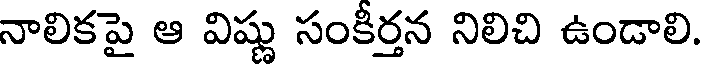
నాలికపై ఆ విష్ణు సంకీర్తన నిలిచి ఉండాలి.